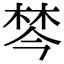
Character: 棽